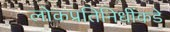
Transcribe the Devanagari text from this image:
लोकप्रतिनिधींकडे